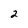
Character: 2